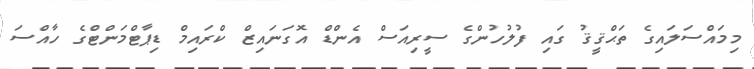
މިމައްސަލައިގެ ތަޙްޤީޤު ގައި ފުލުހުންގެ ސީރިއަސް އެންޑް އޮގަނައިޒް ކްރައިމް ޑިޕާޓްމަންޓްގެ ހާއްސަ